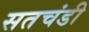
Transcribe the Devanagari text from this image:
सतचंडी